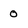
Character: 0